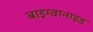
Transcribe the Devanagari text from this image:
बाइग्वानाइड